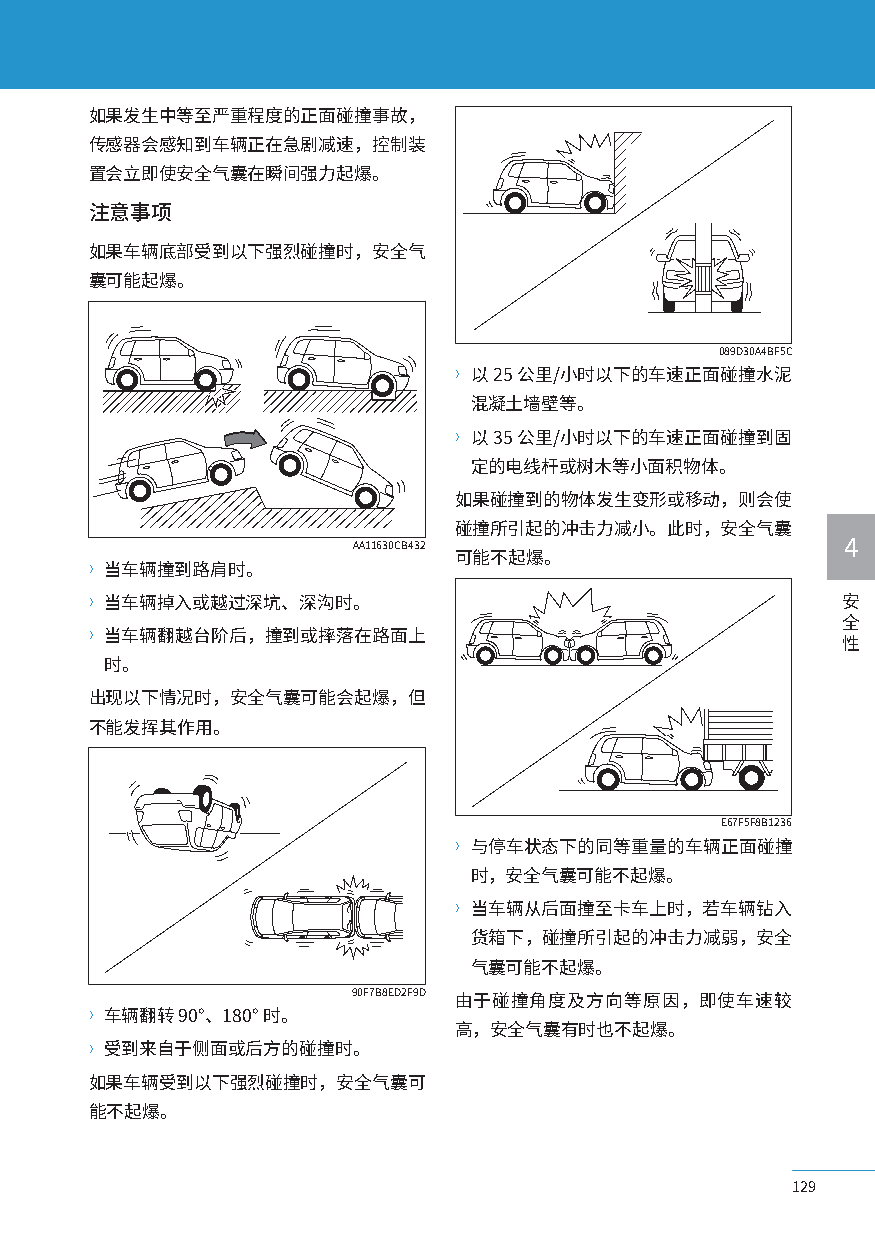
如果发生中等至严重程度的正面碰撞事故，
 传感器会感知到车辆正在急剧减速，控制装
 置会立即使安全气囊在瞬间强力起爆。
 注意事项
 如果车辆底部受到以下强烈碰撞时，安全气
 囊可能起爆。
 089D30A4BF5C
 〉以 25 公里/小时以下的车速正面碰撞水泥
 混凝土墙壁等。
 〉以 35 公里/小时以下的车速正面碰撞到固
 定的电线杆或树木等小面积物体。
 如果碰撞到的物体发生变形或移动，则会使
 碰撞所引起的冲击力减小。此时，安全气囊
 AA11630CB432                     4
 可能不起爆。
 〉当车辆撞到路肩时。
 〉当车辆掉入或越过深坑、深沟时。                                  安
 全
 〉当车辆翻越台阶后，撞到或摔落在路面上
 性
 时。
 出现以下情况时，安全气囊可能会起爆，但
 不能发挥其作用。
 E67F5F8B1236
 〉与停车状态下的同等重量的车辆正面碰撞
 时，安全气囊可能不起爆。
 〉当车辆从后面撞至卡车上时，若车辆钻入
 货箱下，碰撞所引起的冲击力减弱，安全
 气囊可能不起爆。
 90F7B8ED2F9D 由于碰撞角度及方向等原因，即使车速较
 〉车辆翻转 90°、180° 时。
 高，安全气囊有时也不起爆。
 〉受到来自于侧面或后方的碰撞时。
 如果车辆受到以下强烈碰撞时，安全气囊可
 能不起爆。
 129